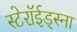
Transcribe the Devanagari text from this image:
स्टेरॉईड्स्ना